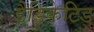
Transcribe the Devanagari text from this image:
डैडिकेटिड